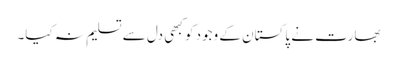
بھارت نے پاکستان کے وجود کو کبھی دل سے تسلیم نہ کیا۔